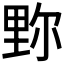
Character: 𨤧